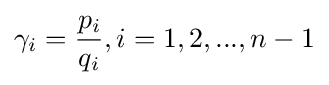
\gamma _{i}={\frac {p_{i}}{q_{i}}},i=1,2,...,n-1